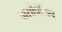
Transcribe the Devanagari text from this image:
वासोप्रेसिन